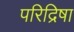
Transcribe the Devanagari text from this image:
परिद्रिषा